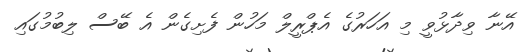
އޭނާ ވިދާޅުވީ މި އަހަރުގެ އެޕްރީލް މަހުން ފެށިގެން އެ ބޭސް ލިބުމުގައި